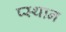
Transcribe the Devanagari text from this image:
प्स्थान